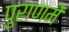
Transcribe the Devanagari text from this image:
पुराणमें